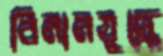
বিমানযুদ্ধে